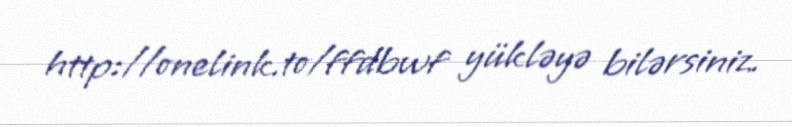
http://onelink.to/ffdbwf yükləyə bilərsiniz.